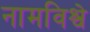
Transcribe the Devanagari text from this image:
नामविश्वे